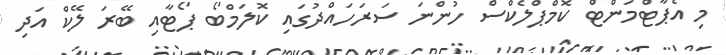
މި އެޕާޓްމަންޓް ކޮމްޕްލެކްސް ހުންނަ ސަރަހައްދުގައި ކޮލަމްބޯ ޕޯޓާއި ބޭރަ ލޭކް އަދި